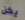
يكن